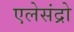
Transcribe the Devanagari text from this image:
एलेसंद्रो